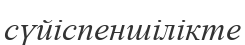
сүйіспеншілікте